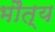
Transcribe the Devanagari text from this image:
भौत्य